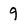
Character: 9